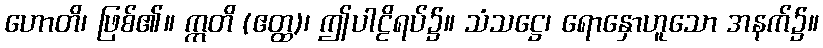
ဟောတိ၊ ဖြစ်၏။ ဣတိ (ဧတ္ထ)၊ ဤပါဠိရပ်၌။ သံသဋ္ဌေ၊ ရောနှောဟူသော အနက်၌။